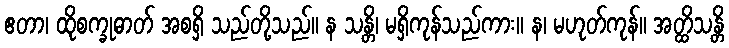
ဧတာ၊ ထိုစက္ခုဓာတ် အစရှိ သည်တို့သည်။ န သန္တိ၊ မရှိကုန်သည်ကား။ န၊ မဟုတ်ကုန်။ အတ္ထိသန္တိ